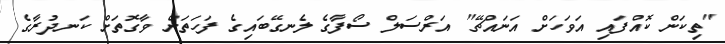
"ތިކަން ކޮއްފައި އަވަހަށް އަނައްޗޭ" އަރްސަލް ސޯފާގެ ލެނގޭބައިގެ ފަހަތަށް ވާގޮތަށް ކަނދުރާގެ